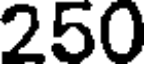
250